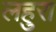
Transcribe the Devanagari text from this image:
लहुरा